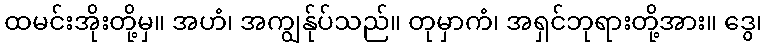
ထမင်းအိုးတို့မှ။ အဟံ၊ အကျွန်ုပ်သည်။ တုမှာကံ၊ အရှင်ဘုရားတို့အား။ ဒွေ၊